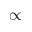
\propto